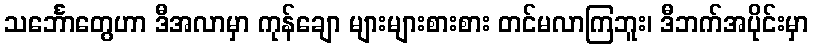
သင်္ဘောတွေဟာ ဒီအလာမှာ ကုန်ချော များများစားစား တင်မလာကြဘူး၊ ဒီဘက်အပိုင်းမှာ